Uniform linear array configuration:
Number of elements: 16
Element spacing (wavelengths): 0.5
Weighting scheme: kaiser
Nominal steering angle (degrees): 0
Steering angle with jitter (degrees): -0.5613
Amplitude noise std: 0.05
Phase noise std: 0.05

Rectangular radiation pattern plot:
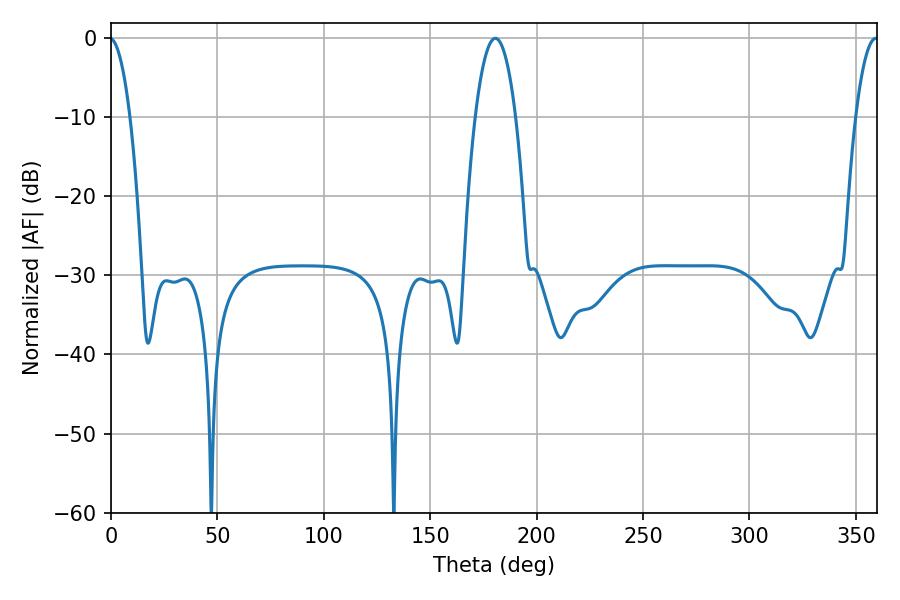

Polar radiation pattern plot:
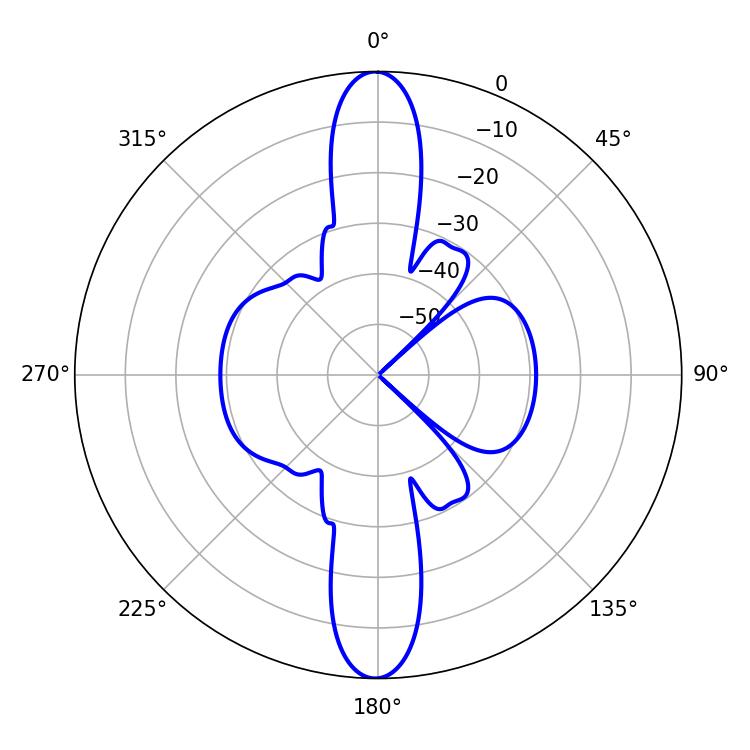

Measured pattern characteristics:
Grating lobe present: FALSE
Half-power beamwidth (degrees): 10.62
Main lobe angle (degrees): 180.54